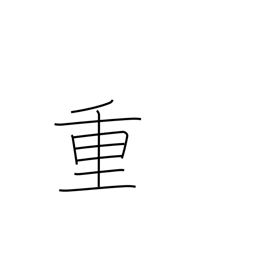
Meaning: important